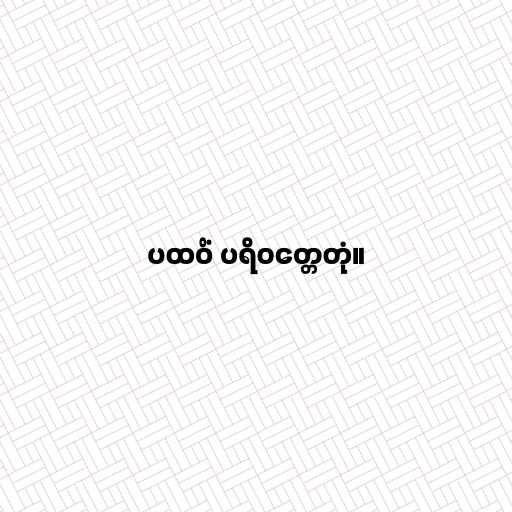
ပထဝိံ ပရိဝတ္တေတုံ။